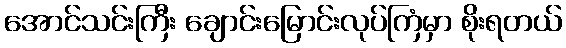
အောင်သင်းကြီး ချောင်းမြောင်းလုပ်ကြံမှာ စိုးရတယ်